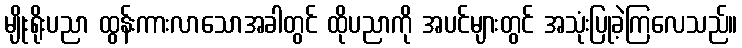
မျိုးရိုးပညာ ထွန်းကားလာသောအခါတွင် ထိုပညာကို အပင်များတွင် အသုံးပြုခဲ့ကြလေသည်။